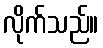
လိုက်သည်။